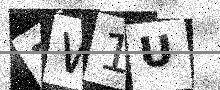
Text: ZW1U